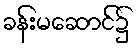
ခန်းမဆောင်၌